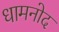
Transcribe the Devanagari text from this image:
धामनोद